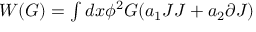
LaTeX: \begin{array} { l } { { W ( G ) = \int d x \phi ^ { 2 } G ( a _ { 1 } J J + a _ { 2 } \partial J ) } } \end{array}